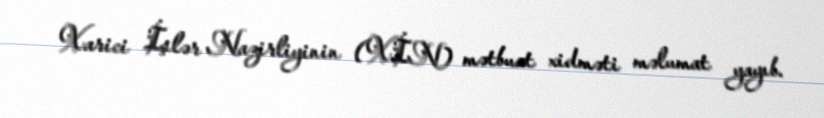
Xarici İşlər Nazirliyinin (XİN) mətbuat xidməti məlumat yayıb.